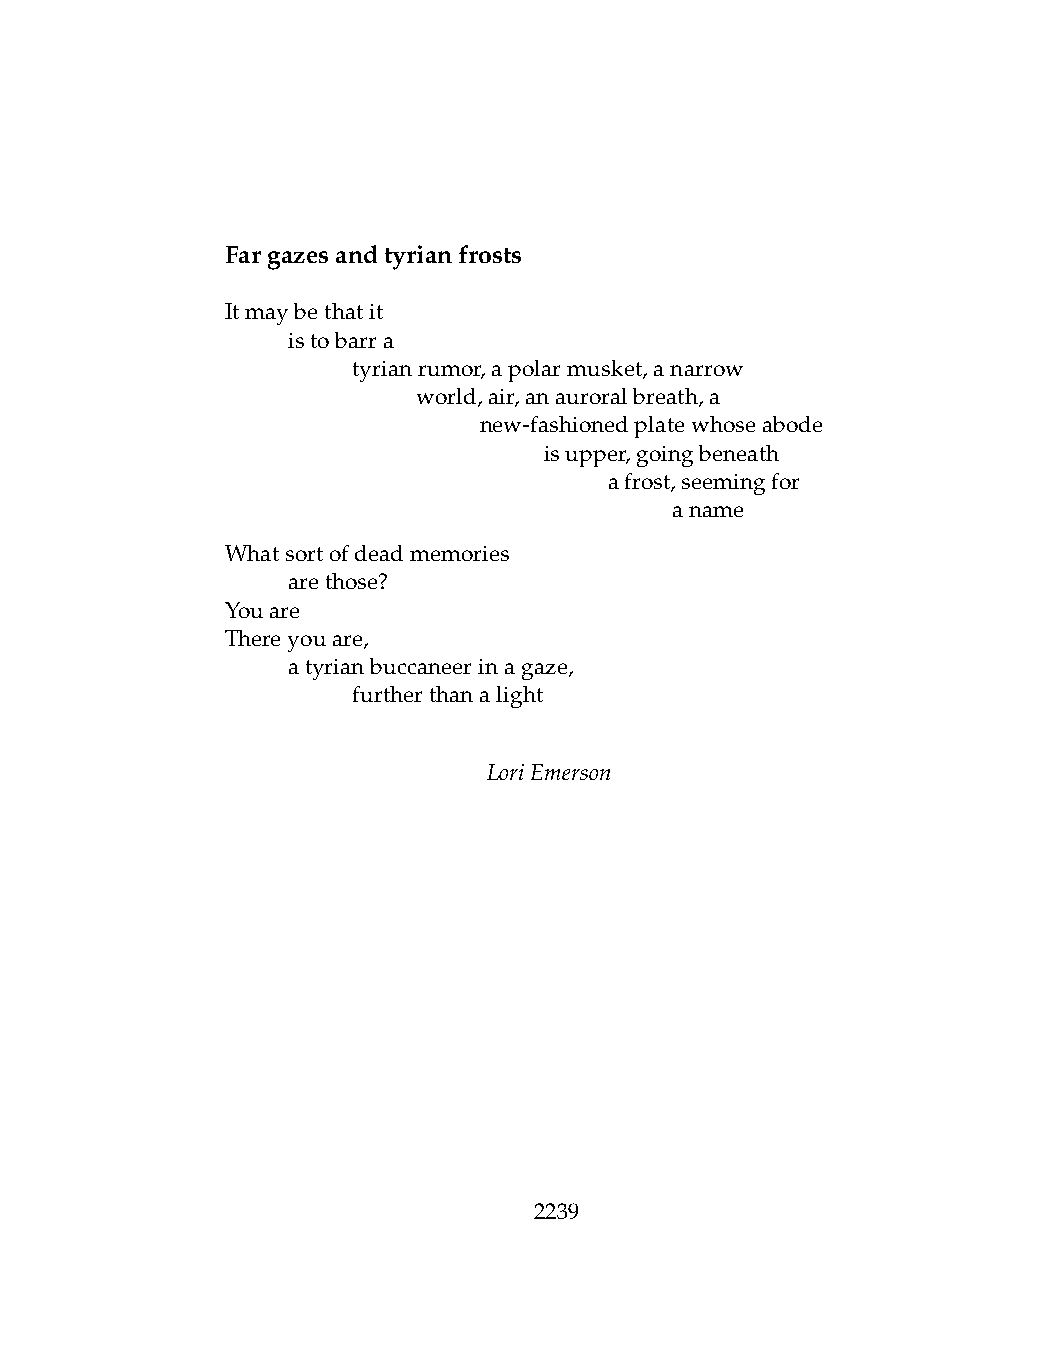
Fargazesandtyrianfrosts
 Itmaybethatit
 .   istobarra
 .   .   tyrianrumor,apolarmusket,anarrow
 .   .   .    world,air,anauroralbreath,a
 .   .   .    .   new-fashionedplatewhoseabode
 .   .   .    .   .   isupper,goingbeneath
 .   .   .    .   .   .   afrost,seemingfor
 .   .   .    .   .   .   .   aname
 Whatsortofdeadmemories
 .   arethose?
 Youare
 Thereyouare,
 .   atyrianbuccaneerinagaze,
 .   .   furtherthanalight
 LoriEmerson
 2239